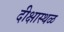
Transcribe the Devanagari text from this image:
दीक्षास्थळ